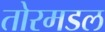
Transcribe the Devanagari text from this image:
तोरमडल